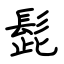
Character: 髭